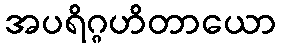
အပရိဂ္ဂဟိတာယော